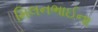
મિલનભાઈના